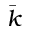
\Bar { k }